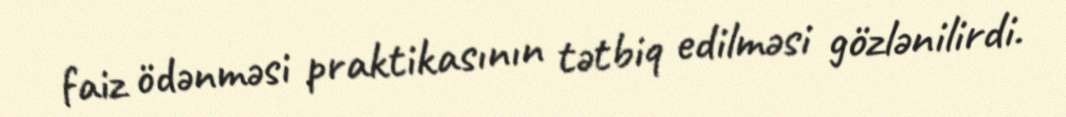
faiz ödənməsi praktikasının tətbiq edilməsi gözlənilirdi.